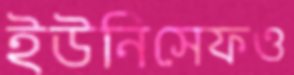
ইউনিসেফও